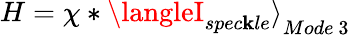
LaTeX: H=\chi*{\langleI_{spec\mathbf{k}le}\rangle}_{Mode\ 3}